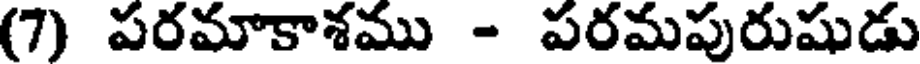
(7) పరమాకాశము - పరమపురుషుడు